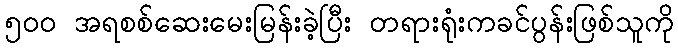
၅၀၀ အရစစ်ဆေးမေးမြန်းခဲ့ပြီး တရားရုံးကခင်ပွန်းဖြစ်သူကို